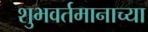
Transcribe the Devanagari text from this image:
शुभवर्तमानाच्या